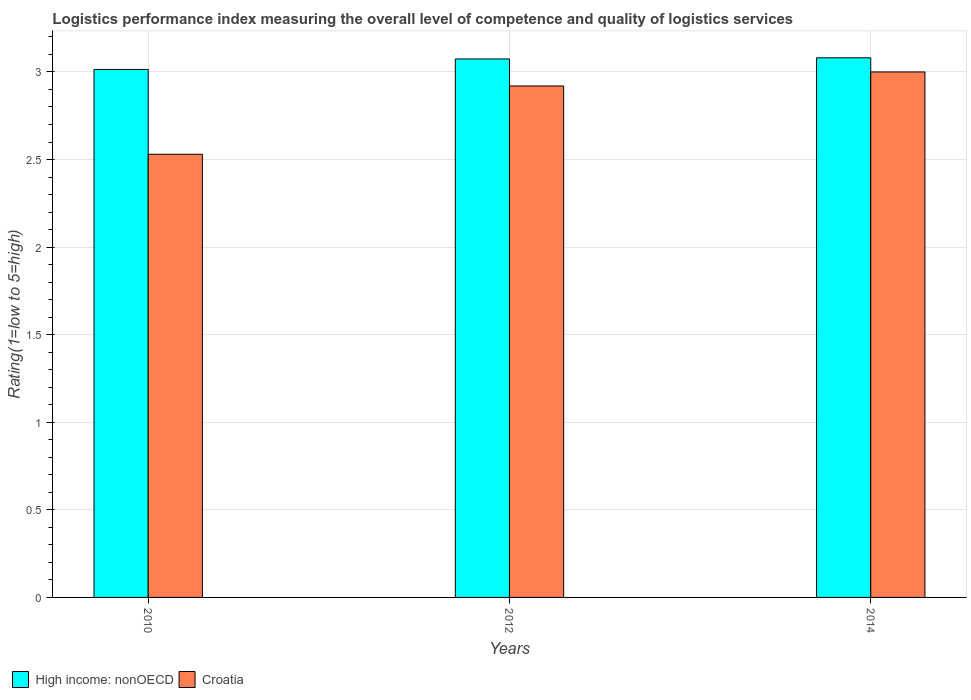
| Years | High income: nonOECD | Croatia |
 | --- | --- | --- |
 | 2010 | 3.01 | 2.53 |
 | 2012 | 3.07 | 2.92 |
 | 2014 | 3.08 | 3 |